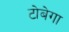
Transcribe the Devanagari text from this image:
टोबेगा